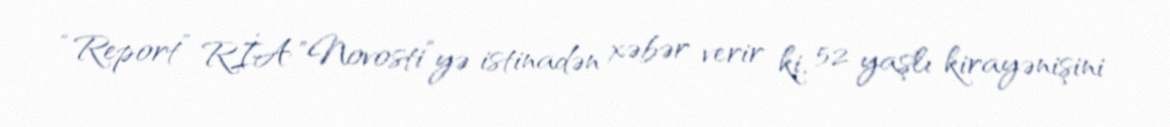
“Report” RİA "Novosti”yə istinadən xəbər verir ki, 52 yaşlı kirayənişini